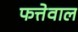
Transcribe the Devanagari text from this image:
फत्तेवाल